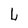
Character: L